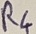
Text: R4